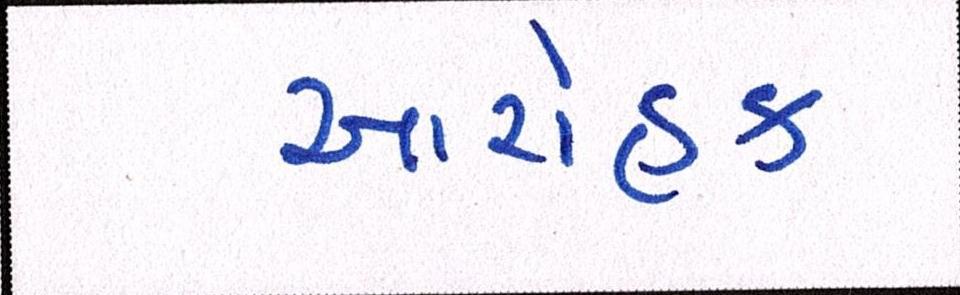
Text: આરોહક